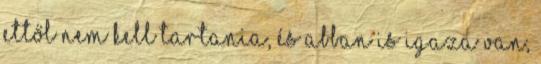
ettől nem kell tartania, és abban is igaza van,